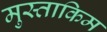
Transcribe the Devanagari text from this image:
मुस्ताकिम